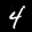
Label: 4